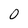
Character: O